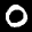
Label: 0